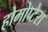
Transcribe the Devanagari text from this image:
होमोप्टेरा